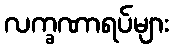
လက္ခဏာရပ်များ